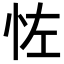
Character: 𪫦